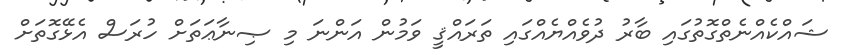
ޝައްކެއްނެތްގޮތުގައި ބާރު ދުވެއްޔެއްގައި ތަރައްޤީ ވަމުން އަންނަ މި ޞިނާޢަތަށް ހުރަސް އެޅޭގޮތަށް